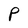
Character: P